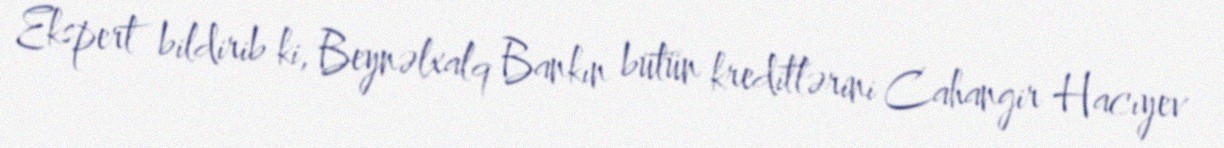
Ekspert bildirib ki, Beynəlxalq Bankın bütün kreditlərini Cahangir Hacıyev